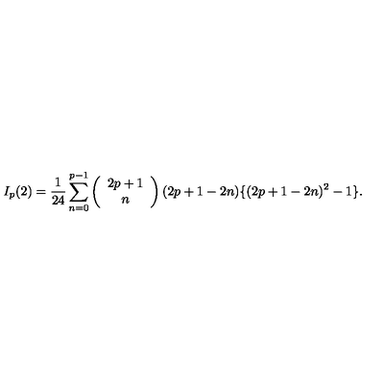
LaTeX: I _ { p } ( 2 ) = \frac { 1 } { 2 4 } \sum _ { n = 0 } ^ { p - 1 } \left( \begin{array} { c } { 2 p + 1 } \\ { n } \\ \end{array} \right) ( 2 p + 1 - 2 n ) \{ ( 2 p + 1 - 2 n ) ^ { 2 } - 1 \} .